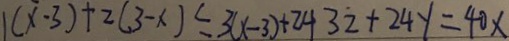
( x - 3 ) + 2 ( 3 - x ) \leq 3 ( x - 3 ) + 2 4 3 2 + 2 4 y = 4 0 x